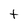
Character: t